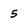
Character: 5